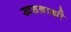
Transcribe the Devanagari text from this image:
खडब्राह्मी